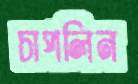
চাপলিন